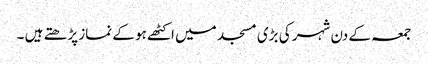
جمعہ کے دن شہر کی بڑی مسجد میں اکٹھے ہو کے نماز پڑھتے ہیں ۔